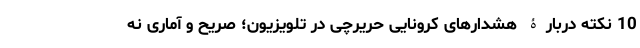
10 نکته دربارۀ هشدارهای کرونایی حریرچی در تلویزیون؛ صریح و آماری نه